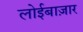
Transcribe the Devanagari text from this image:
लोईबाज़ार